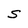
Character: S